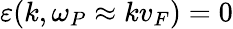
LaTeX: \varepsilon(k,\omega_{P}\approx kv_{F})=0